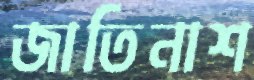
জাতিনাশ